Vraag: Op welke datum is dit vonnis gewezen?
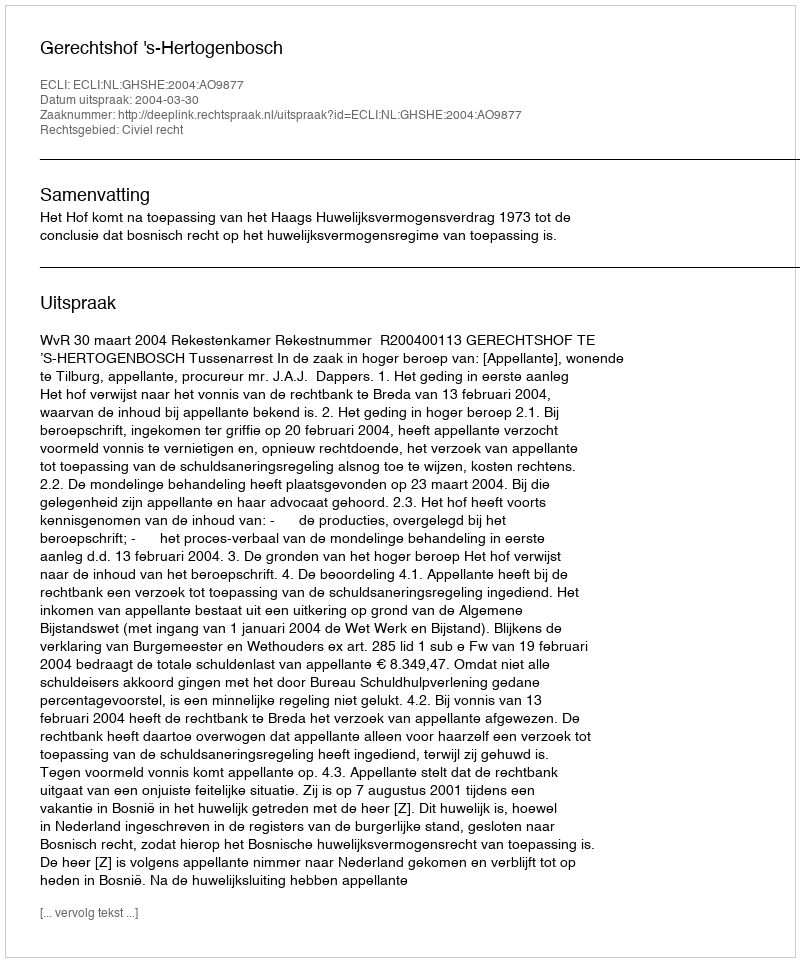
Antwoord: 2004-03-30